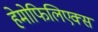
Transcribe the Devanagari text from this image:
हेमोफिलिएक्स